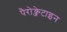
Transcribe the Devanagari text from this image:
पैरोक्जेटाइन